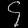
Digit: ၄